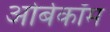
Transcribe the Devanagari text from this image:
ओर्बकॉम